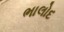
ભાલોદ